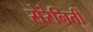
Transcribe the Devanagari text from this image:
सेरेनिती